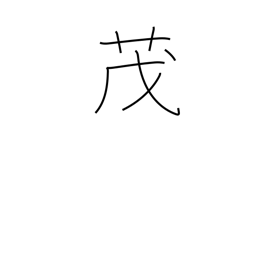
Meaning: grow thick